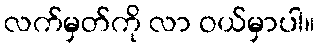
လက်မှတ်ကို လာ ဝယ်မှာပါ။